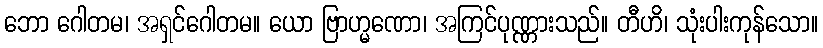
ဘော ဂေါတမ၊ အရှင်ဂေါတမ။ ယော ဗြာဟ္မဏော၊ အကြင်ပုဏ္ဏားသည်။ တီဟိ၊ သုံးပါးကုန်သော။